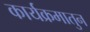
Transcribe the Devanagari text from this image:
कार्यक्रमातुन